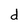
Character: d